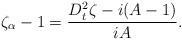
LaTeX: \begin{align*} \zeta_{\alpha}-1=\frac{D_t^2\zeta-i(A-1)}{iA}.\end{align*}